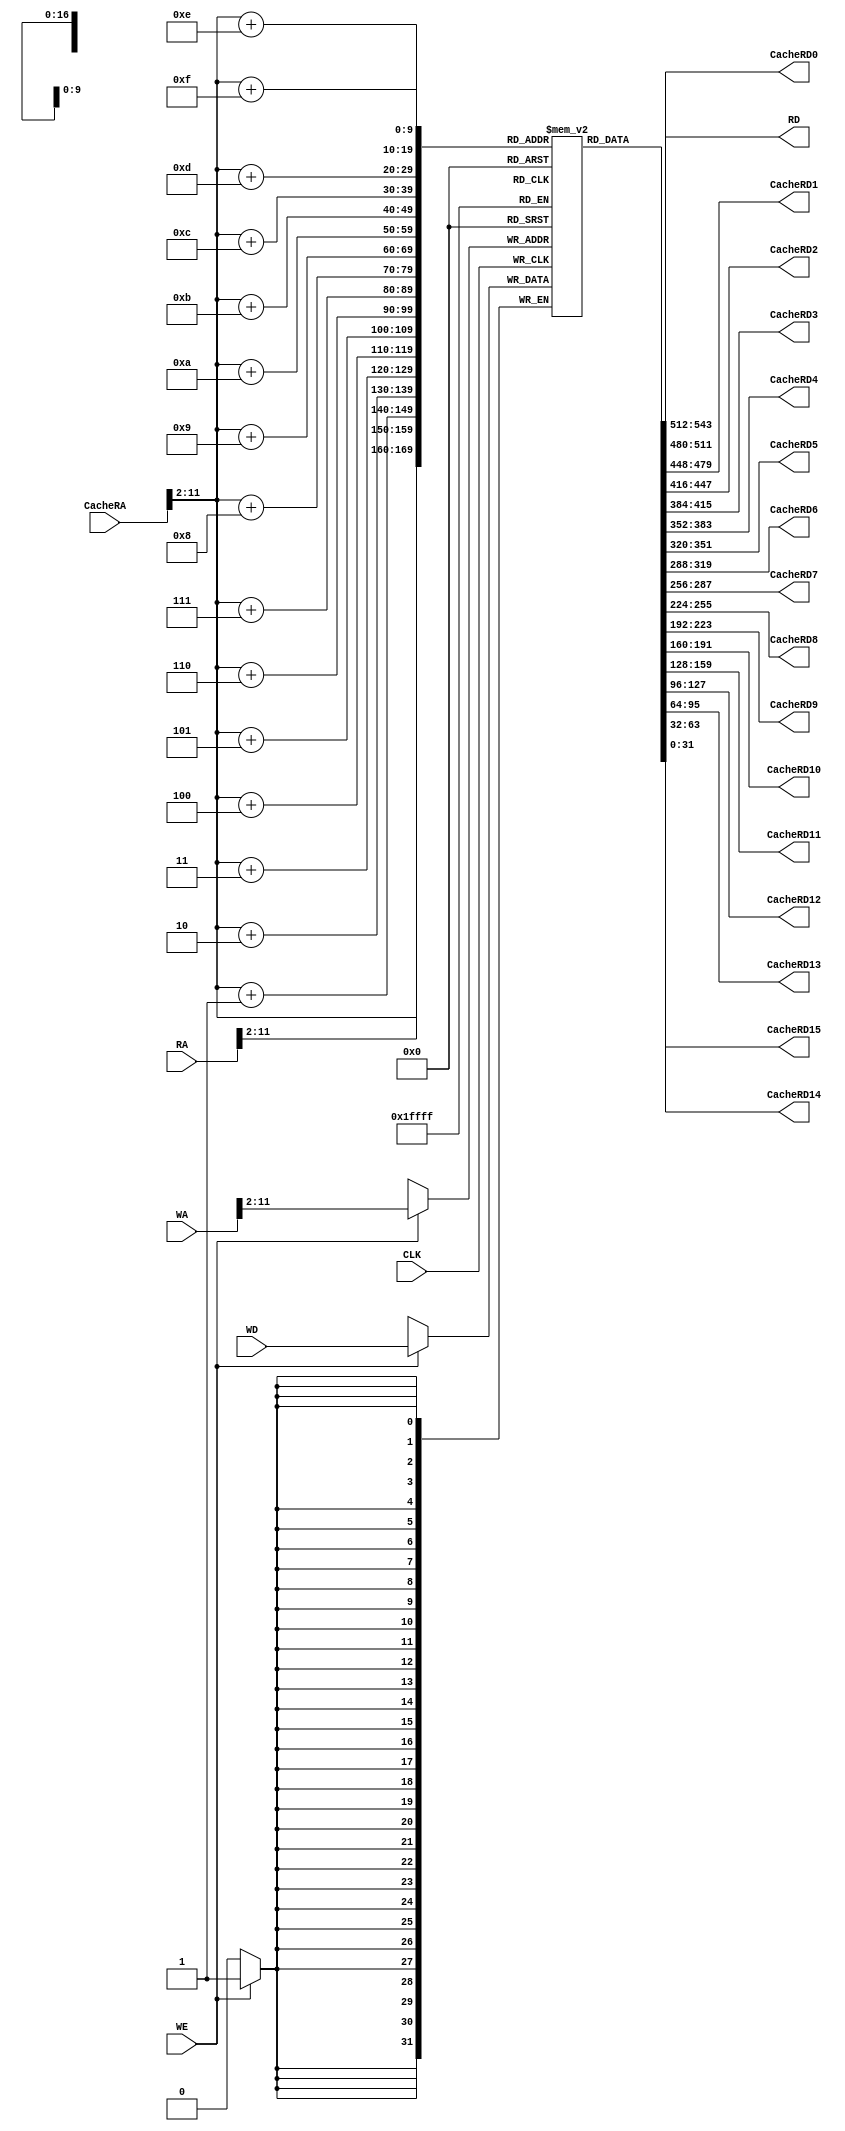
module data_mem(
	input         	CLK,
	input         	WE,
	input  [31:0] 	WA, RA,
	input  [31:0] 	WD,
	input  [31:0]	CacheRA,
	output [31:0] 	RD,
	output [31:0]	CacheRD0, CacheRD1, CacheRD2, CacheRD3, CacheRD4, CacheRD5, CacheRD6, CacheRD7, CacheRD8, CacheRD9, CacheRD10, CacheRD11, CacheRD12, CacheRD13, CacheRD14, CacheRD15);

	reg [31:0] mem_data [0:1023];

	assign RD = mem_data[ RA[31:2] ];

	always @(posedge CLK)
		if(WE)
			mem_data[ WA[31:2] ] <= WD;

	assign CacheRD0 = mem_data[ CacheRA[31:2] ];
	assign CacheRD1 = mem_data[ CacheRA[31:2]+32'd1 ];
	assign CacheRD2 = mem_data[ CacheRA[31:2]+32'd2 ];
	assign CacheRD3 = mem_data[ CacheRA[31:2]+32'd3 ];
	assign CacheRD4 = mem_data[ CacheRA[31:2]+32'd4 ];
	assign CacheRD5 = mem_data[ CacheRA[31:2]+32'd5 ];
	assign CacheRD6 = mem_data[ CacheRA[31:2]+32'd6 ];
	assign CacheRD7 = mem_data[ CacheRA[31:2]+32'd7 ];
	assign CacheRD8 = mem_data[ CacheRA[31:2]+32'd8 ];
	assign CacheRD9 = mem_data[ CacheRA[31:2]+32'd9 ];
	assign CacheRD10= mem_data[ CacheRA[31:2]+32'd10 ];
	assign CacheRD11 = mem_data[ CacheRA[31:2]+32'd11 ];
	assign CacheRD12 = mem_data[ CacheRA[31:2]+32'd12 ];
	assign CacheRD13 = mem_data[ CacheRA[31:2]+32'd13 ];
	assign CacheRD14 = mem_data[ CacheRA[31:2]+32'd14 ];
	assign CacheRD15 = mem_data[ CacheRA[31:2]+32'd15 ];
	
endmodule